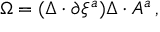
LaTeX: \Omega = ( \Delta \cdot \partial \xi ^ { a } ) \Delta \cdot A ^ { a } \, ,